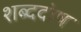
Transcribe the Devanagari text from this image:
शब्ददोष